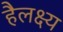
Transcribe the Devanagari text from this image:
हैलक्ष्य